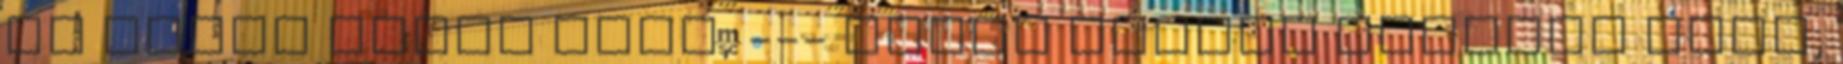
de eszes ember orra, --- kiket inkább kerülni kell,